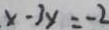
x - 3 y = - 2